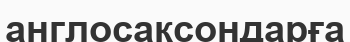
англосаксондарға